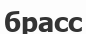
брасс